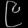
Digit: ၉